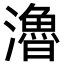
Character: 瀂